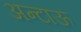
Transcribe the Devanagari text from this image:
अन्टाऊ